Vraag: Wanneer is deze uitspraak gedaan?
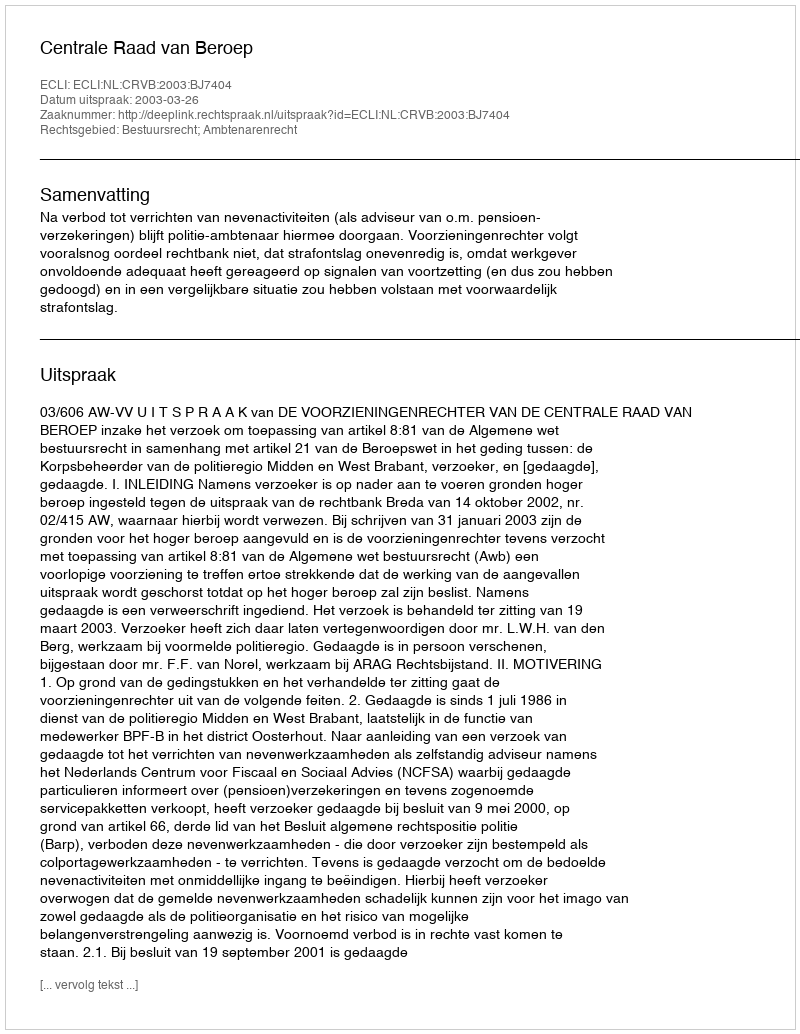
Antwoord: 2003-03-26